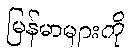
မြန်မာများကို